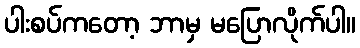
ပါးစပ်ကတော့ ဘာမှ မပြောလိုက်ပါ။